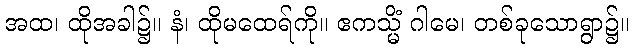
အထ၊ ထိုအခါ၌။ နံ၊ ထိုမထေရ်ကို။ ဧကသ္မိံ ဂါမေ၊ တစ်ခုသောရွာ၌။